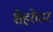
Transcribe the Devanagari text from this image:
शेहरेवार